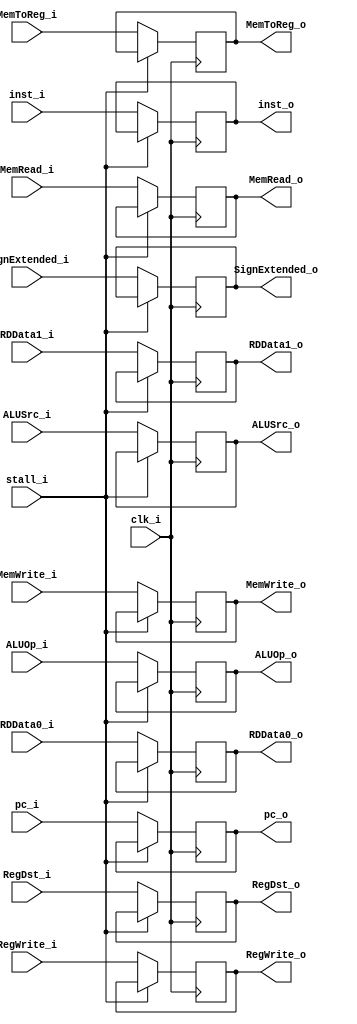
module ID_EX
  (
   input 	     clk_i,
   input [31:0]      inst_i,
   input [31:0]      pc_i,
   input [31:0]      RDData0_i,
   input [31:0]      RDData1_i,
   input [31:0]      SignExtended_i,
   input         stall_i,
   output reg [31:0] RDData0_o = 32'd0,
   output reg [31:0] RDData1_o = 32'd0,
   output reg [31:0] SignExtended_o = 32'd0,
   output reg [31:0] inst_o = 32'd0,
   output reg [31:0] pc_o = 32'd0,
		 //control
   input 	     RegDst_i,
   input [1:0] 	     ALUOp_i,
   input 	     ALUSrc_i,
   input 	     RegWrite_i,
   input 	     MemToReg_i,
   input 	     MemRead_i,
   input 	     MemWrite_i,
   output 	     RegDst_o,
   output [1:0]      ALUOp_o,
   output 	     ALUSrc_o,
   output 	     RegWrite_o,
   output 	     MemToReg_o,
   output 	     MemRead_o,
   output 	     MemWrite_o
   );

   // Control
   reg 		 RegDst_or =0;
   reg [1:0] 	 ALUOp_or=2'd0;
   reg 		 ALUSrc_or=0;
   reg 		 RegWrite_or=0;
   reg 		 MemToReg_or=0;
   reg 		 MemRead_or=0;
   reg 		 MemWrite_or=0;

   assign RegDst_o = RegDst_or;
   assign ALUOp_o = ALUOp_or;
   assign ALUSrc_o = ALUSrc_or;
   assign RegWrite_o = RegWrite_or;
   assign MemToReg_o = MemToReg_or;
   assign MemRead_o = MemRead_or;
   assign MemWrite_o = MemWrite_or;



   always@(posedge clk_i) begin
      if (stall_i) begin
      end
      else begin
         RDData0_o <= RDData0_i;
         RDData1_o <= RDData1_i;
         SignExtended_o <= SignExtended_i;
         pc_o <= pc_i;
         inst_o <= inst_i;
         //control
         RegDst_or <= RegDst_i;
         ALUOp_or <= ALUOp_i;
         ALUSrc_or <= ALUSrc_i;
         RegWrite_or <= RegWrite_i;
         MemToReg_or <= MemToReg_i;
         MemRead_or <= MemRead_i;
         MemWrite_or <= MemWrite_i;
      end
      
   end

endmodule